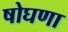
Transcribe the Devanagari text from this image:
षोघणा